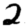
Digit: 2